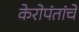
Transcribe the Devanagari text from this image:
केरोपंतांचे